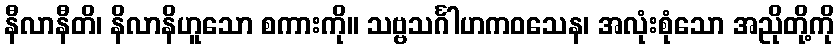
နီလာနီတိ၊ နိလာနိဟူသော စကားကို။ သဗ္ဗသင်္ဂါဟကဝသေန၊ အလုံးစုံသော အညိုတို့ကို